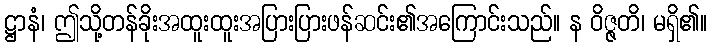
ဋ္ဌာနံ၊ ဤသို့တန်ခိုးအထူးထူးအပြားပြားဖန်ဆင်း၏အကြောင်းသည်။ န ဝိဇ္ဇတိ၊ မရှိ၏။